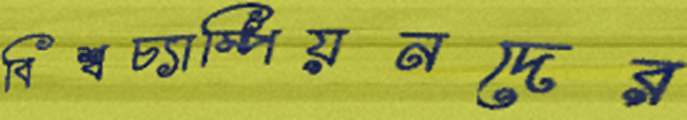
বিশ্বচ্যাম্পিয়নদের